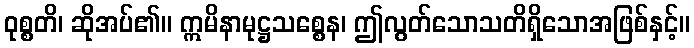
ဝုစ္စတိ၊ ဆိုအပ်၏။ ဣမိနာမုဋ္ဌသစ္စေန၊ ဤလွတ်သောသတိရှိသောအဖြစ်နှင့်။